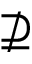
\nsupseteq